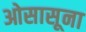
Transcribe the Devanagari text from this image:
ओसासूना